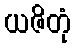
ယဇိတုံ